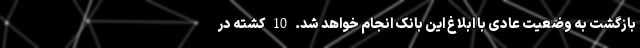
بازگشت به وضعیت عادی با ابلاغ این بانک انجام خواهد شد. 10 کشته در